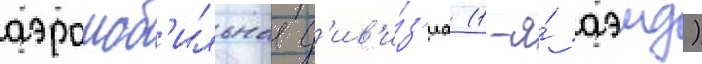
аэромоб'ильнаа д'ив'и́з'иа (1-я́ аэмд)